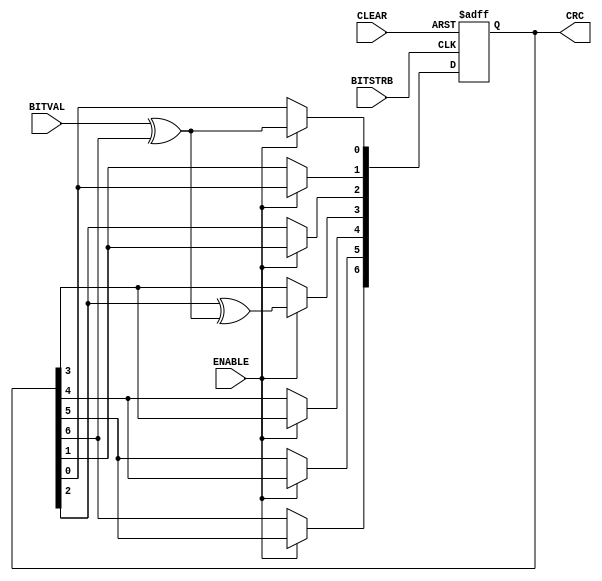
// This program was cloned from: https://github.com/lnis-uofu/SOFA
// License: MIT License

// ==========================================================================
// CRC Generation Unit - Linear Feedback Shift Register implementation
// (c) Kay Gorontzi, GHSi.de, distributed under the terms of LGPL
// ==========================================================================
module sd_crc_7(BITVAL, ENABLE, BITSTRB, CLEAR, CRC);
   input        BITVAL;                            // Next input bit
   input        ENABLE;                            // Enable calculation
   input        BITSTRB;                           // Current bit valid (Clock)
   input        CLEAR;                             // Init CRC value
   output [6:0] CRC;                               // Current output CRC value

   reg    [6:0] CRC;                               // We need output registers
   wire         inv;
   
   assign inv = BITVAL ^ CRC[6];                   // XOR required?
   
   always @(posedge BITSTRB or posedge CLEAR) begin
      if (CLEAR) begin
         CRC <= 0;                                  // Init before calculation
         end
      else begin
         if (ENABLE == 1) begin
             CRC[6] <= CRC[5];
             CRC[5] <= CRC[4];
             CRC[4] <= CRC[3];
             CRC[3] <= CRC[2] ^ inv;
             CRC[2] <= CRC[1];
             CRC[1] <= CRC[0];
             CRC[0] <= inv;
             end
         end
      end
   
endmodule